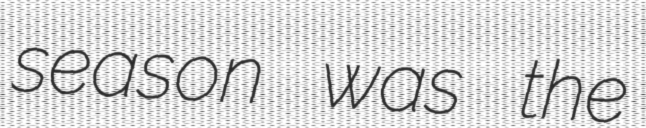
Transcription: season was the